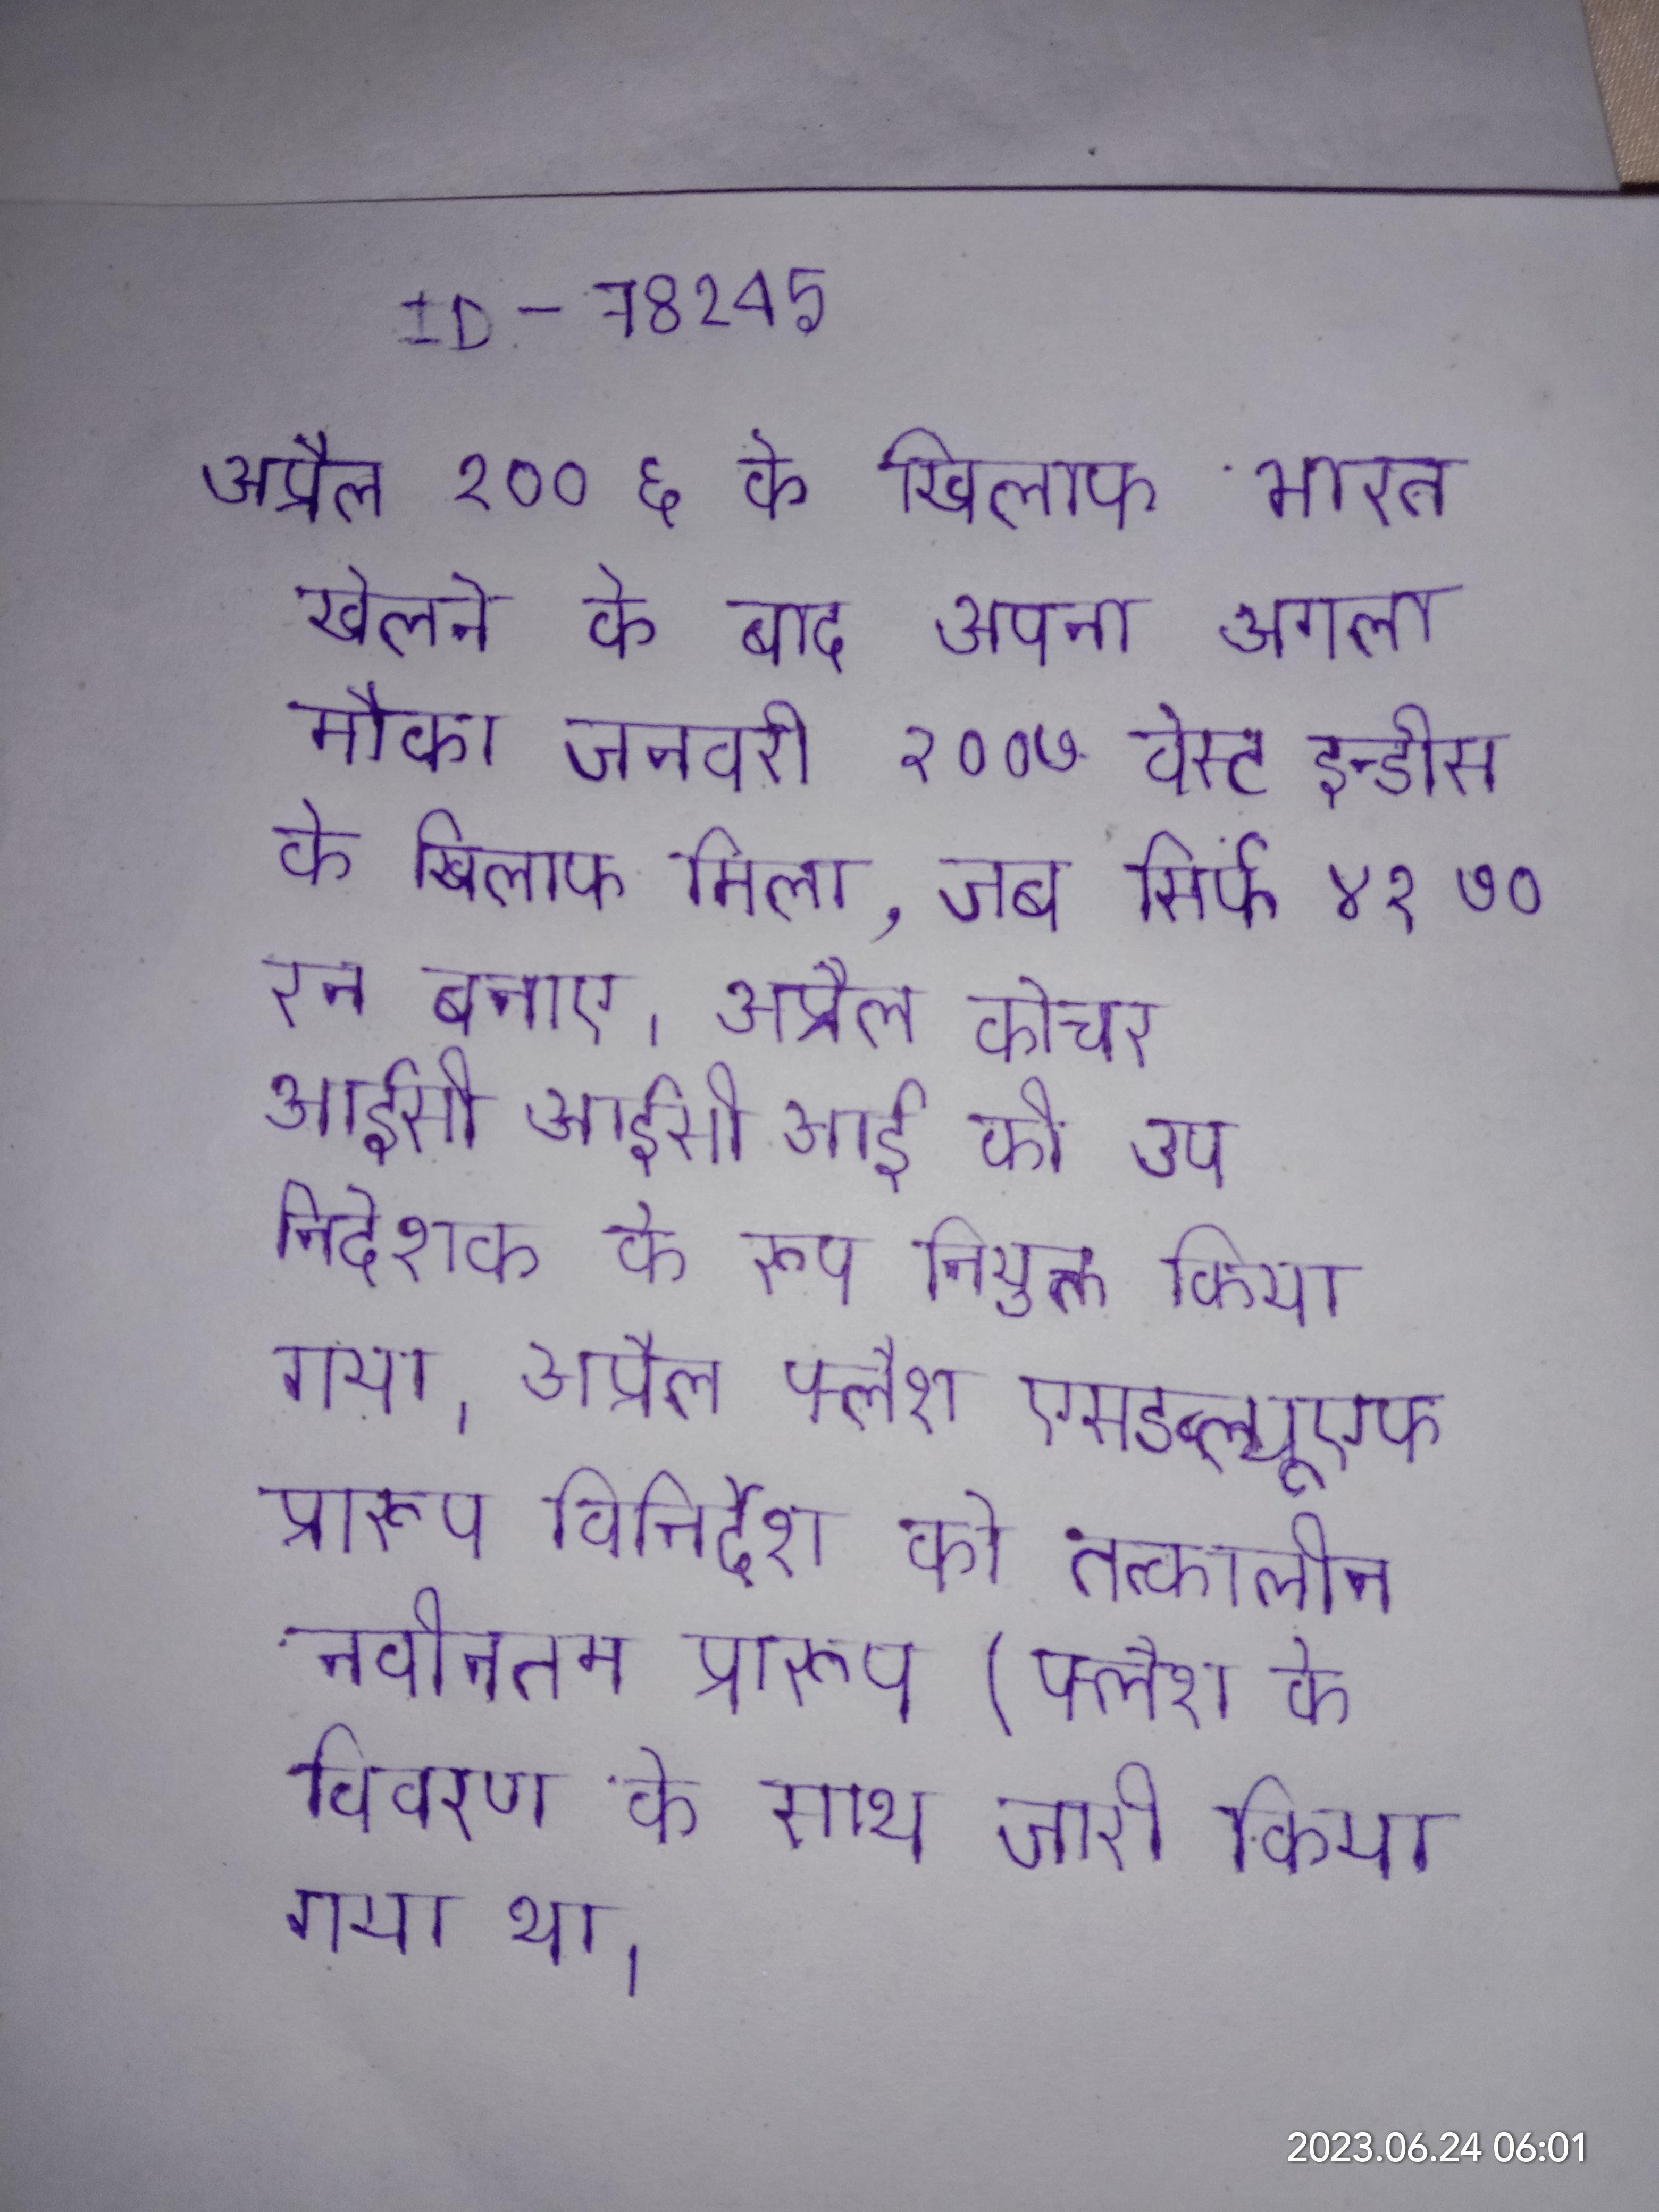
अप्रैल २००६ के खिलाफ भारत खेलने के बाद अपना अगला मौका जनवरी २००७ वेस्ट इन्डीस के खिलाफ मिला, जब सिर्फ ४१ ७० रन बनाए । अप्रैल कोचर आईसीआईसीआई की उप निदेशक के रूप नियुक्त किया गया । अप्रैल फ्लैश एसडब्ल्यूएफ प्रारूप विनिर्देश को तत्कालीन नवीनतम प्रारूप (फ्लैश के विवरण के साथ जारी किया गया था ।